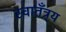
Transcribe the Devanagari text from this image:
स्वातँत्र्य